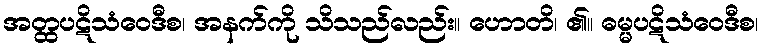
အတ္ထပဋိသံဝေဒီစ၊ အနက်ကို သိသည်လည်း။ ဟောတိ၊ ၏။ ဓမ္မပဋိသံဝေဒီစ၊